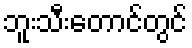
ဘူးသီးတောင်တွင်